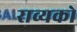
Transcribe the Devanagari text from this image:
राव्यको